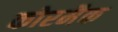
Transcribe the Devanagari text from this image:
कोरमैक